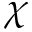
\chi